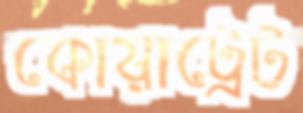
কোয়াট্রেট